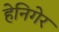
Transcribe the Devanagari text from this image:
हेनिगेर